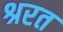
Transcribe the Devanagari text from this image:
श्ररत